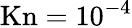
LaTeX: \mathrm{Kn}=10^{-4}